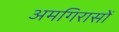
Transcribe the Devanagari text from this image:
अमगिरासों